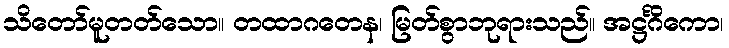
သိတော်မူတတ်သော။ တထာဂတေန၊ မြတ်စွာဘုရားသည်။ အဋ္ဌင်္ဂိကော၊